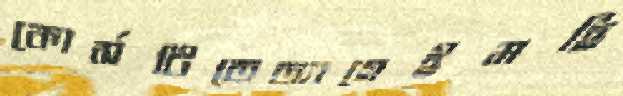
কোর্সটিতেত্যাগেইমহি